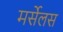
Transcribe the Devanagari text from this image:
मर्सेलस